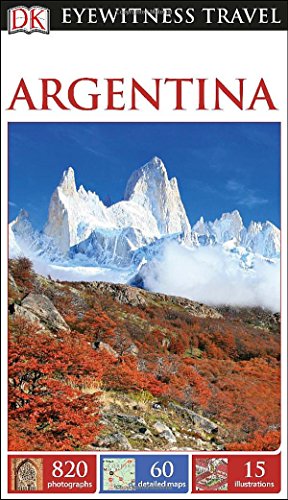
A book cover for DK Eyewitness Travel Guide: Argentina; DK Publishing; Travel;